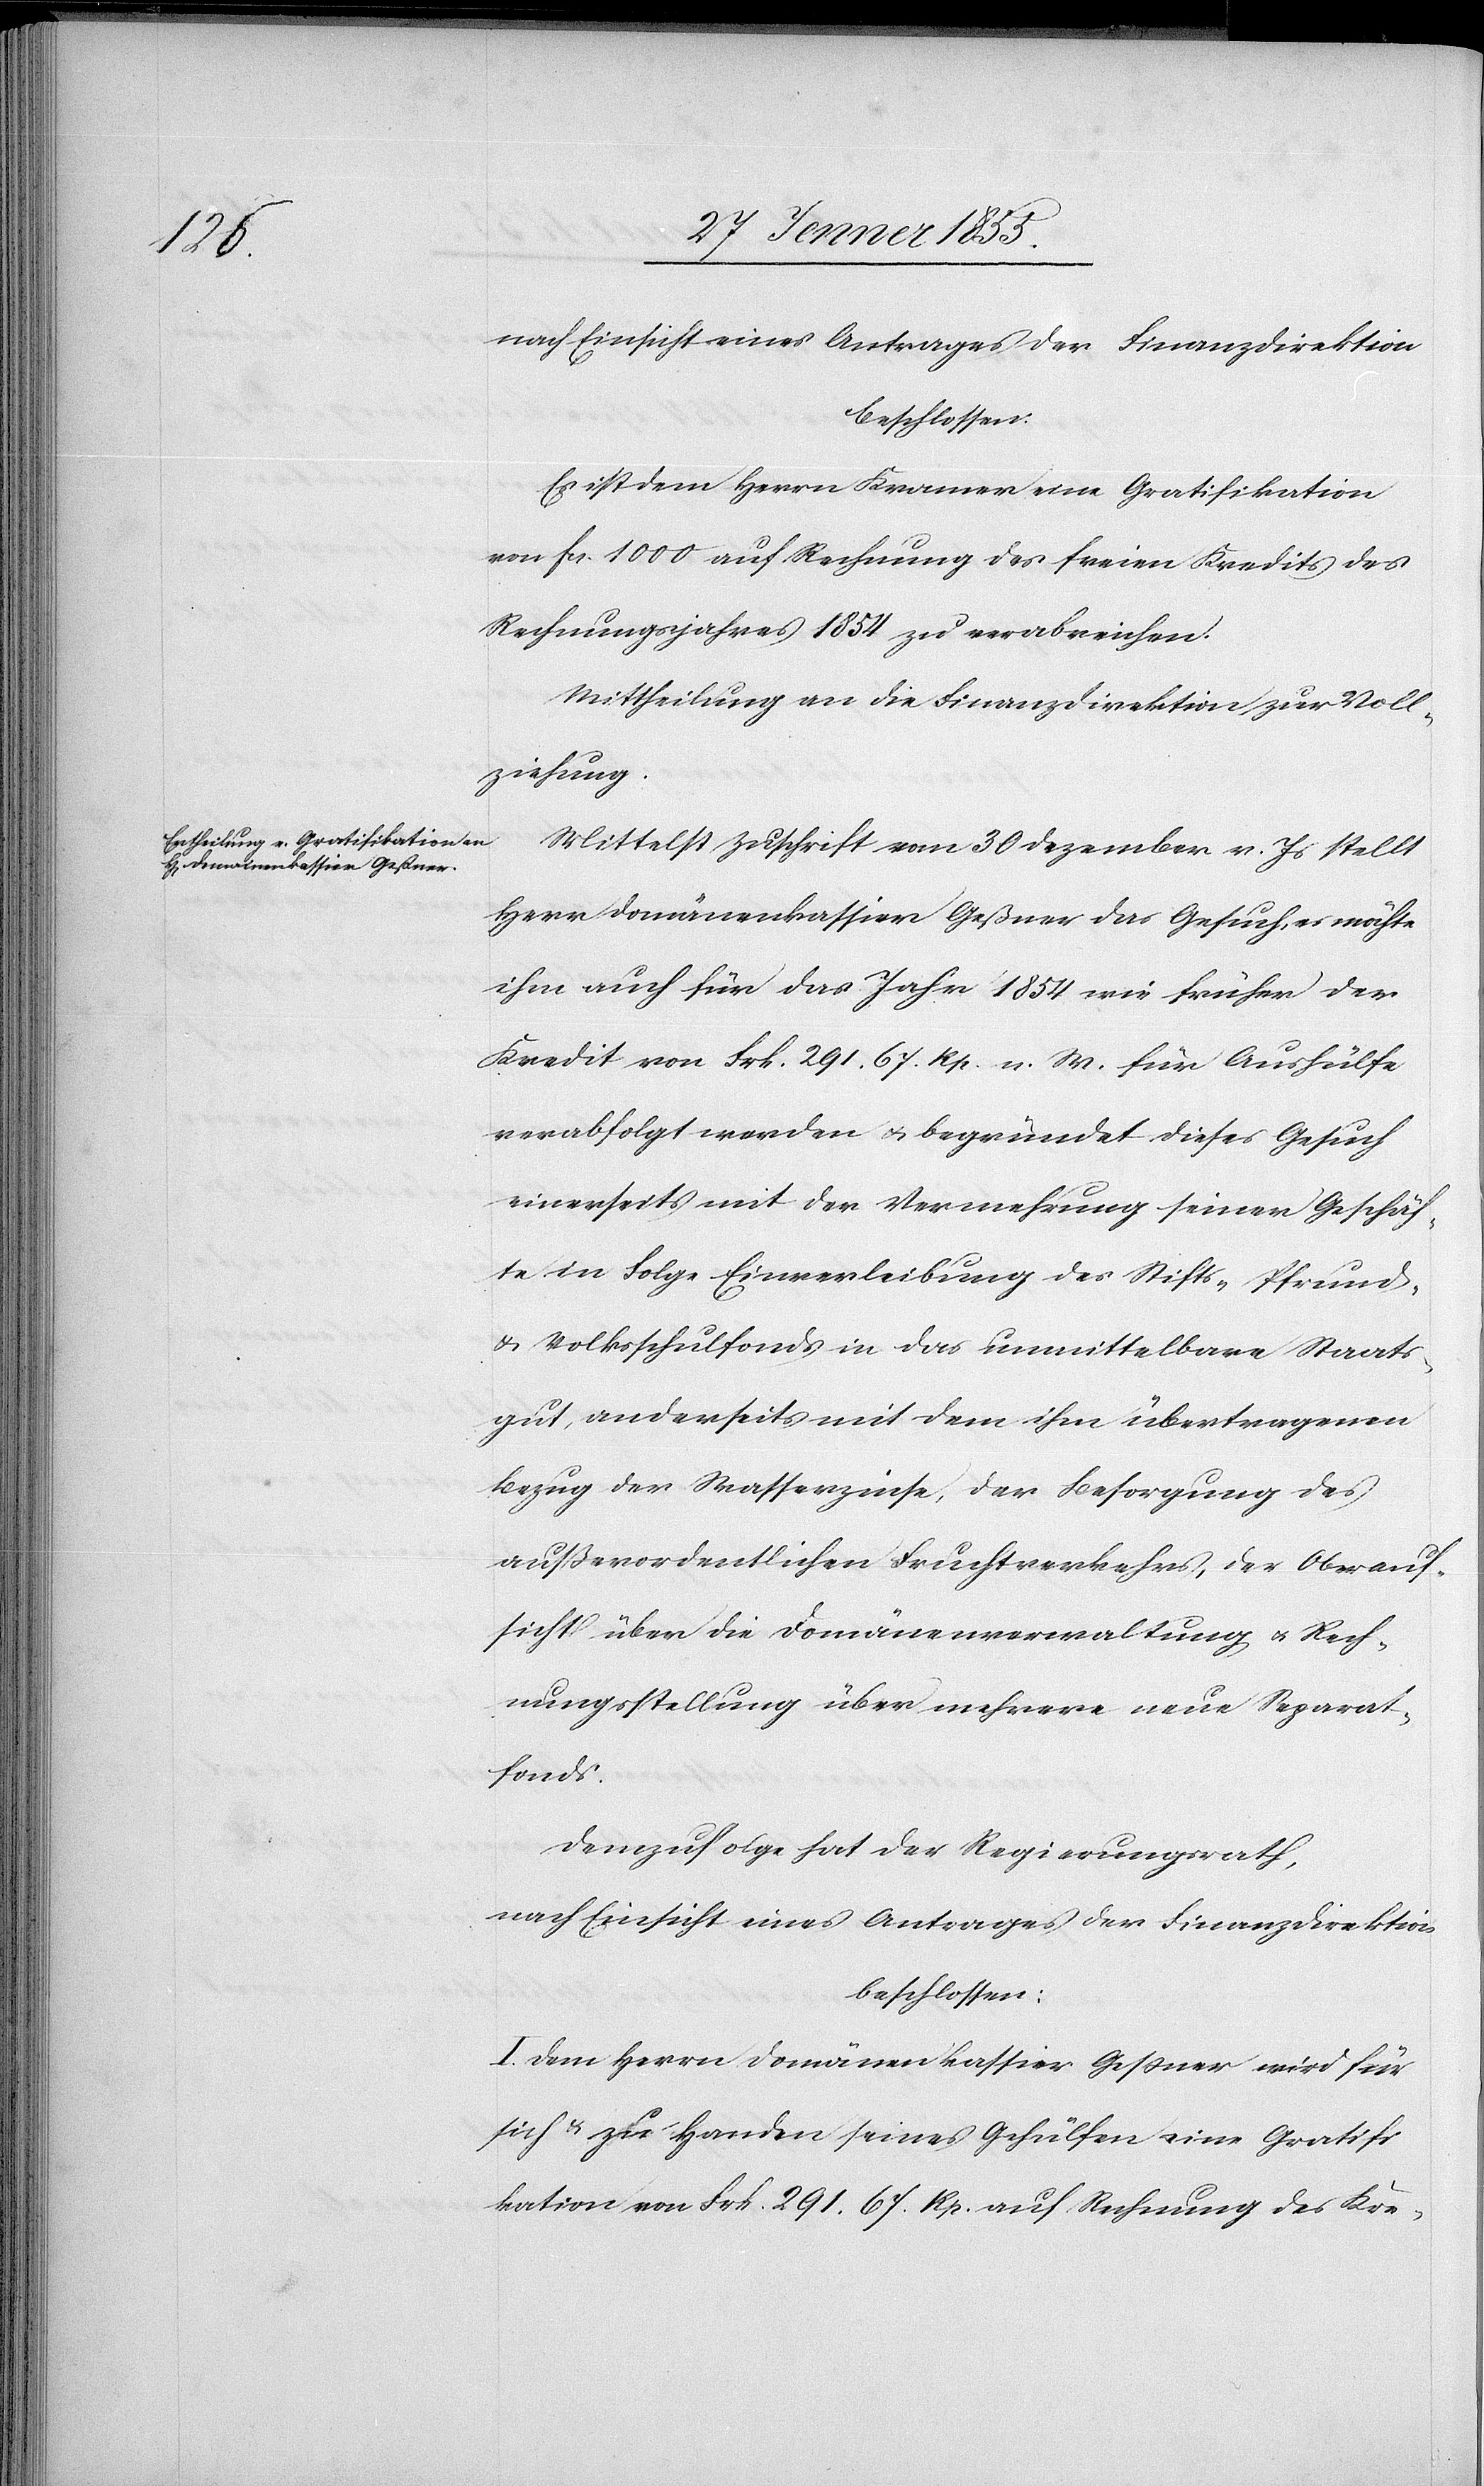
nach Einsicht eines Antrages der Finanzdirektion
beschlossen:
Es ist dem Herrn Kramer eine Gratifikation
von Fcs. 1000 auf Rechnung des freien Kredits des
Rechnungsjahres 1854 zu verabreichen.
Mittheilung an die Finanzdirektion zur Voll¬
ziehung.
Mittelst Zuschrift vom 30 Dezember v. Js stellt
Herr Domänenkassier Geßner das Gesuch, es möchte
ihm auch für das Jahr 1854 wie früher der
Kredit von Frk. 291. 67. Rp. n. W. für Aushülfe
verabfolgt werden & begründet dieses Gesuch
einerseits mit der Vermehrung seiner Geschäf¬
te in Folge Einverleibung des Stifts-[,] Pfrund-
& Volksschulfonds in das unmittelbare Staats¬
gut, anderseits mit dem ihm übertragenen
Bezug der Wasserzinse, der Besorgung des
außerordentlichen Fruchtverkehrs, der Oberauf¬
sicht über die Domänenverwaltung & Rech¬
nungsstellung über mehrere neue Separat¬
fonds.
Demzufolge hat der Regierungsrath,
nach Einsicht eines Antrages der Finanzdirektion
beschlossen:
I. Dem Herrn Domänenkassier Gessner wird für
sich & zu Handen seines Gehülfen eine Gratifi¬
kation von Frk. 291. 67. Rp. auf Rechnung des Kre-